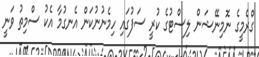
ގްރެމީގެ ނޮމިނޭޝަން ލިސްޓުގެ ކުރީ ސަފުގައި ހިމެނުނުކަން އެނގުމާ އެކު ސްމިތު ވަނީ